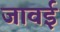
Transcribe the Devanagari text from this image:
जावई